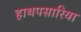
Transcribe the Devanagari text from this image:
हाथपसारिया